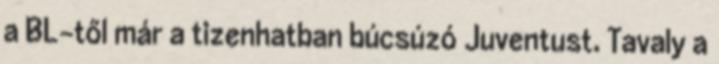
a BL-től már a tizenhatban búcsúzó Juventust. Tavaly a